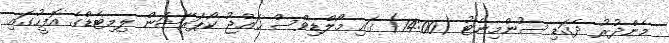
މެންދުރު ދެގަޑި ސުންމިނެޓު (14:00) ގައި މޯލްޑިވްސް ޙައްޖު ކޯޕަރޭޝަން ލިމިޓެޑްގެ އޮފީހުގައި